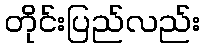
တိုင်းပြည်လည်း